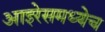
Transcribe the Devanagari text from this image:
आइरेसमध्येच